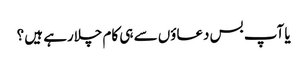
یا آپ بس دعاؤں سے ہی کام چلارہے ہیں ؟